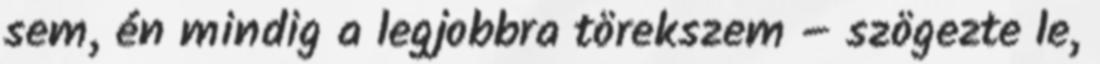
sem, én mindig a legjobbra törekszem – szögezte le,